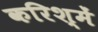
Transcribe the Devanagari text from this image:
करिश्में